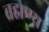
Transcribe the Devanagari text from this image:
ब्रह्मण्य